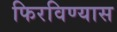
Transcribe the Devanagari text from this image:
फिरविण्यास